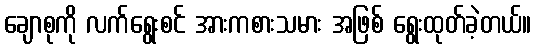
ချောစုကို လက်ရွေးစင် အားကစားသမား အဖြစ် ရွေးထုတ်ခဲ့တယ်။